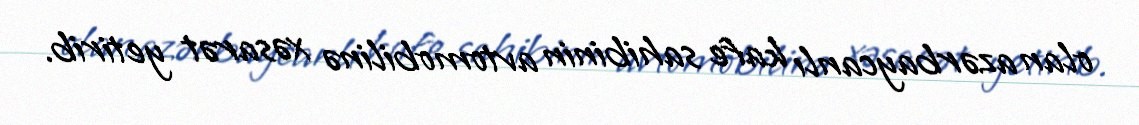
olan azərbaycanlı kafe sahibinin avtomobilinə xəsarət yetirib.